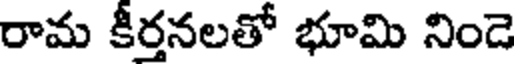
రామ కీర్తనలతో భూమి నిండె